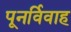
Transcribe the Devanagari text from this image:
पूनर्विवाह